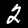
Digit: 2